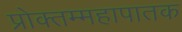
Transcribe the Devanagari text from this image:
प्रोक्तम्महापातक